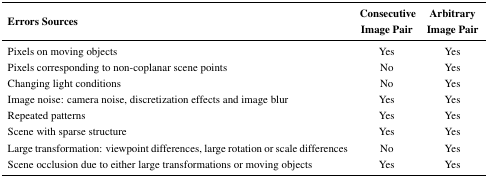
| Errors Sources | Consecutive Image Pair | Arbitrary Image Pair |
 | --- | --- | --- |
 | Pixels on moving objects | Yes | Yes |
 | Pixels corresponding to non-coplanar scene points | No | Yes |
 | Changing light conditions | No | Yes |
 | Image noise: camera noise, discretization effects and image blur | Yes | Yes |
 | Repeated patterns | Yes | Yes |
 | Scene with sparse structure | Yes | Yes |
 | Large transformation: viewpoint differences, large rotation or scale differences | No | Yes |
 | Scene occlusion due to either large transformations or moving objects | Yes | Yes |